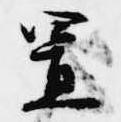
置